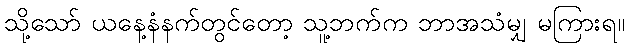
သို့သော် ယနေ့နံနက်တွင်တော့ သူ့ဘက်က ဘာအသံမျှ မကြားရ။